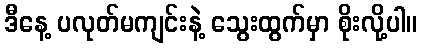
ဒီနေ့ ပလုတ်မကျင်းနဲ့ သွေးထွက်မှာ စိုးလို့ပါ။